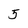
Character: 5